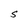
Character: S